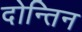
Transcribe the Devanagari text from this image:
दोन्तिन